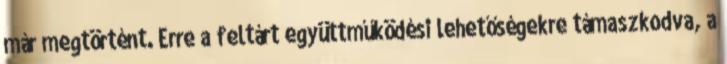
már megtörtént. Erre a feltárt együttműködési lehetőségekre támaszkodva, a